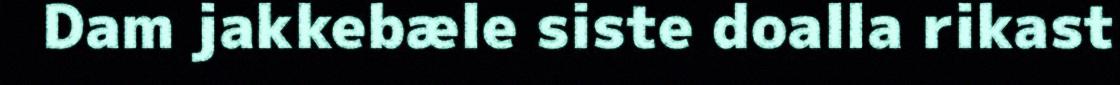
Dam jakkebæle siste doalla rikast